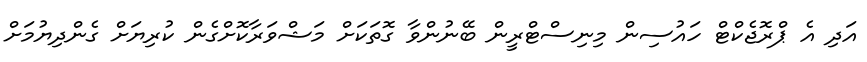
އަދި އެ ޕްރޮޖެކްޓް ހައުސިން މިނިސްޓްރީން ބޭނުންވާ ގޮތަކަށް މަޝްވަރާކޮށްގެން ކުރިޔަށް ގެންދިޔުމަށް